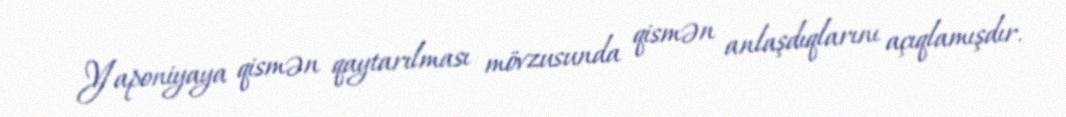
Yaponiyaya qismən qaytarılması mövzusunda qismən anlaşdıqlarını açıqlamışdır.